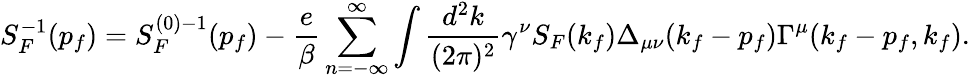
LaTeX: S_{F}^{-1}(p_{f})=S_{F}^{(0)-1}(p_{f})-{\frac{e}{\beta}}\sum_{n=-\infty}^{\infty}\int{\frac{d^{2}k}{(2\pi)^{2}}}\gamma^{\nu}S_{F}(k_{f})\Delta_{\mu\nu}(k_{f}-p_{f})\Gamma^{\mu}(k_{f}-p_{f},k_{f}).